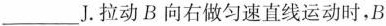
___J.拉动B向右做匀速直线运动时，B